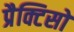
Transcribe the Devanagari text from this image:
प्रैक्टिसों